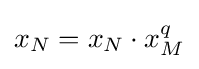
x_{N}=x_{N}\cdot x_{M}^{q}